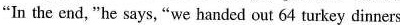
“In the end, "he says, "we handed out 64 turkey dinners